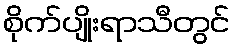
စိုက်ပျိုးရာသီတွင်